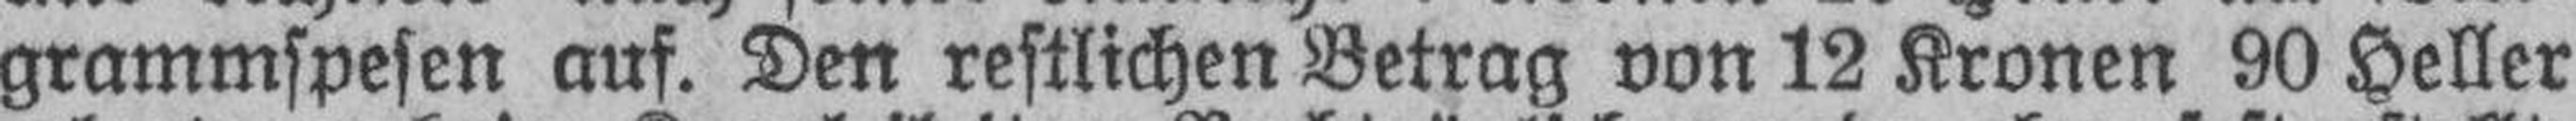
grammspesen auf. Den restlichen Betrag von 12 Kronen 90 Heller